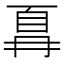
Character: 𫠵